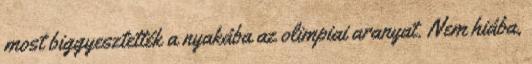
most biggyesztették a nyakába az olimpiai aranyat. Nem hiába,